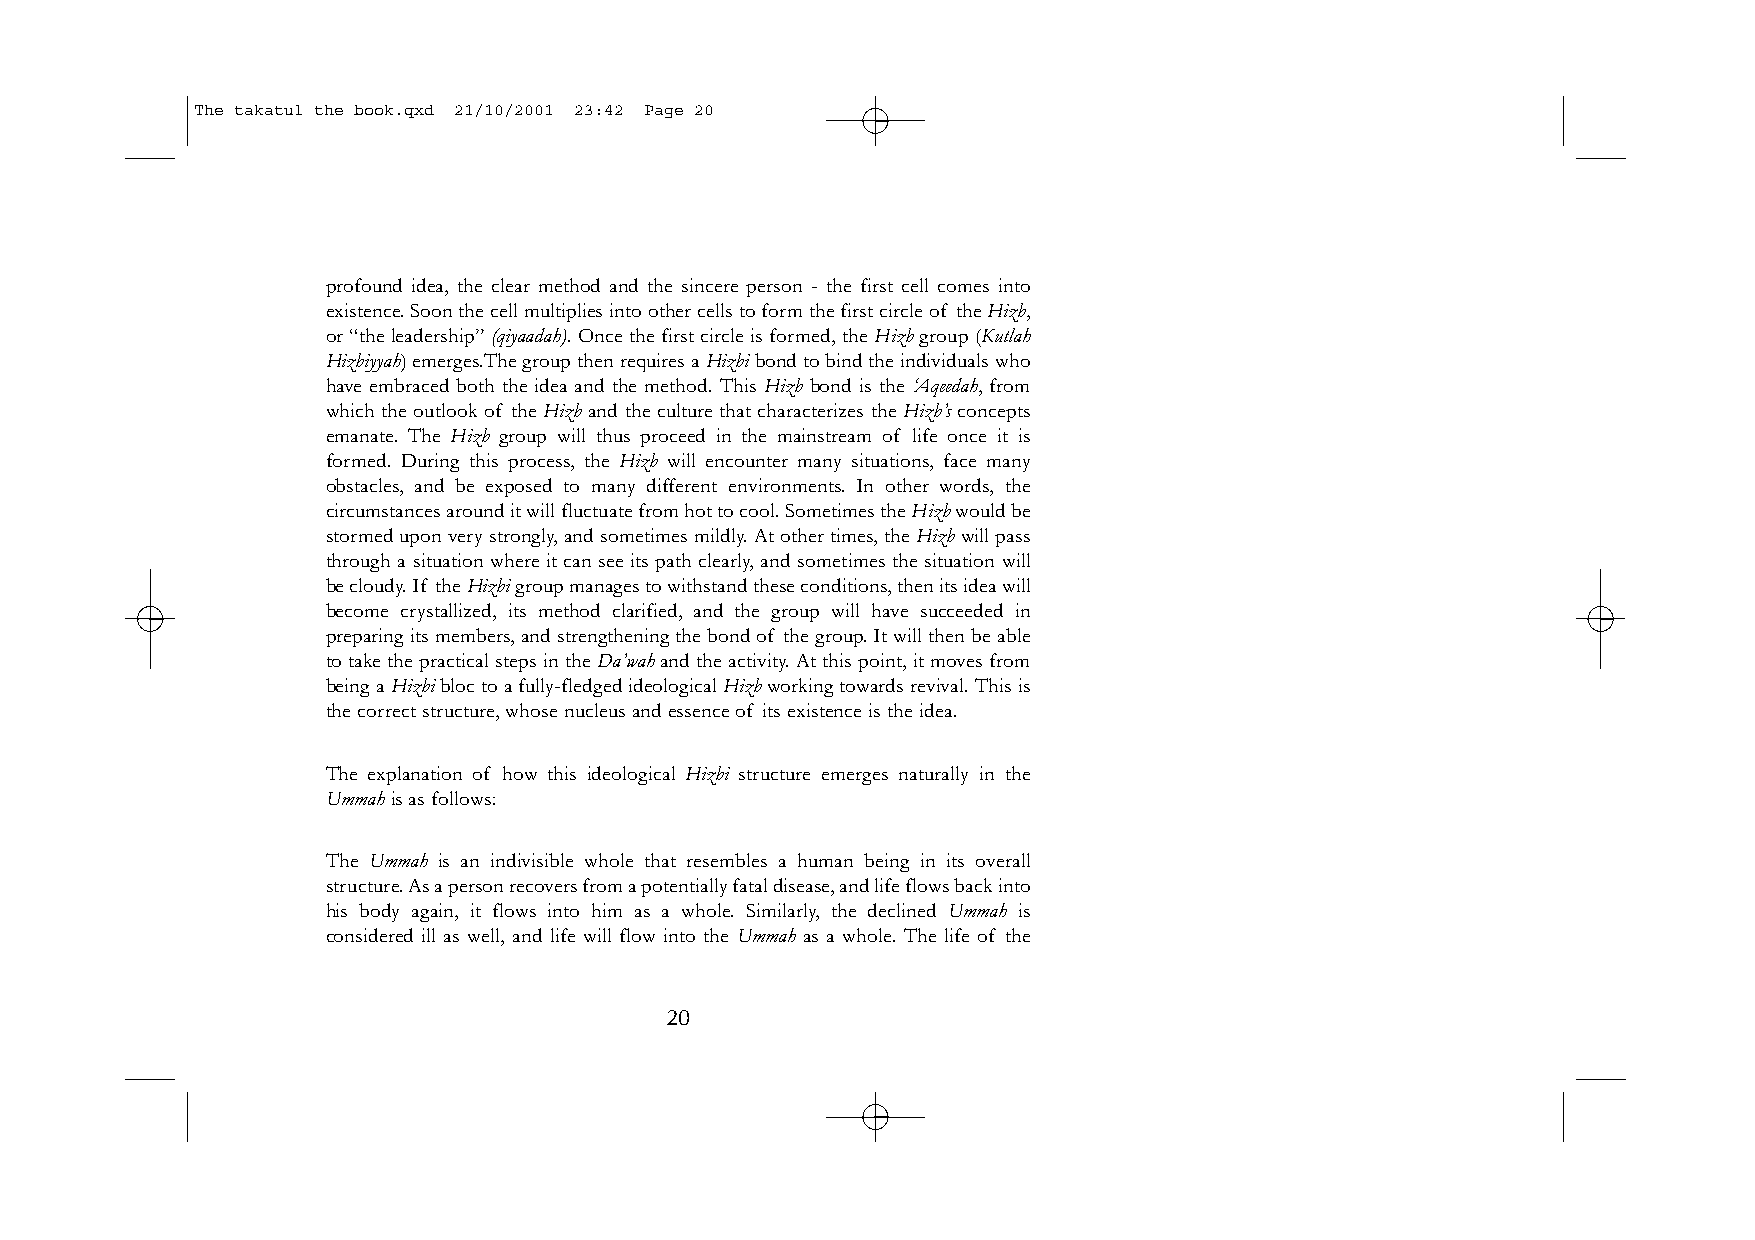
The takatul the book.qxd 21/10/2001 23:42 Page 20
 profound idea, the clear method and the sincere person - the first cell comes into
 existence.Soon the cell multiplies into other cells to form the first circle of the Hizb,
 or “the leadership” (qiyaadah). Once the first circle is formed, the Hizb group (Kutlah
 Hizbiyyah) emerges.The group then requires a Hizbibond to bind the individuals who
 have embraced both the idea and the method. This Hizb bond is the ‘Aqeedah, from
 which the outlook of the Hizb and the culture that characterizes the Hizb’s concepts
 emanate. The Hizb group will thus proceed in the mainstream of life once it is
 formed. During this process, the Hizb will encounter many situations, face many
 obstacles, and be exposed to many different environments. In other words, the
 circumstances around it will fluctuate from hot to cool.Sometimes the Hizbwould be
 stormed upon very strongly,and sometimes mildly.At other times,the Hizbwill pass
 through a situation where it can see its path clearly, and sometimes the situation will
 be cloudy.If the Hizbigroup manages to withstand these conditions,then its idea will
 become crystallized, its method clarified, and the group will have succeeded in
 preparing its members,and strengthening the bond of the group.It will then be able
 to take the practical steps in the Da’wahand the activity.At this point,it moves from
 being a Hizbibloc to a fully-fledged ideological Hizbworking towards revival.This is
 the correct structure,whose nucleus and essence of its existence is the idea.
 The explanation of how this ideological Hizbi structure emerges naturally in the
 Ummahis as follows:
 The Ummah is an indivisible whole that resembles a human being in its overall
 structure.As a person recovers from a potentially fatal disease,and life flows back into
 his body again, it flows into him as a whole. Similarly, the declined Ummah is
 considered ill as well, and life will flow into the Ummah as a whole. The life of the
 20